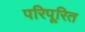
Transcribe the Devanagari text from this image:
परिपूरित